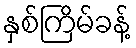
နှစ်ကြိမ်ခန့်